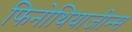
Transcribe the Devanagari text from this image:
फिनोथियाजीन्स